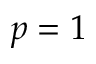
p = 1